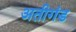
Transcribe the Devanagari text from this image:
अतीगंड